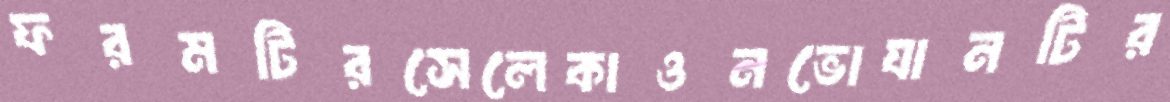
ফরমটিরসেলেকাওনভোযানটির